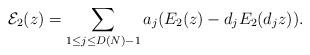
LaTeX: \begin{align*}\mathcal{E}_2(z)=\sum_{1 \leq j \leq D(N)-1} a_j (E_2(z)-d_j E_2(d_j z)).\end{align*}